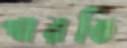
পারতি